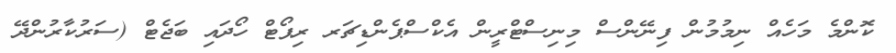
ކޮންމެ މަހެއް ނިމުމުން ފިނޭންސް މިނިސްޓްރީން އެކްސްޕެންޑިޗަރ ރިޕޯޓް ހޯދައި ބަޖެޓް (ސަރުކާރުންދޭ